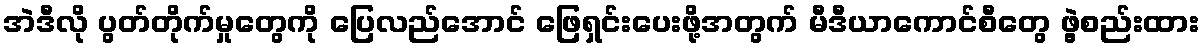
အဲဒီလို ပွတ်တိုက်မှုတွေကို ပြေလည်အောင် ဖြေရှင်းပေးဖို့အတွက် မီဒီယာကောင်စီတွေ ဖွဲ့စည်းထား